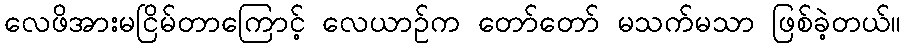
လေဖိအားမငြိမ်တာကြောင့် လေယာဉ်က တော်တော် မသက်မသာ ဖြစ်ခဲ့တယ်။